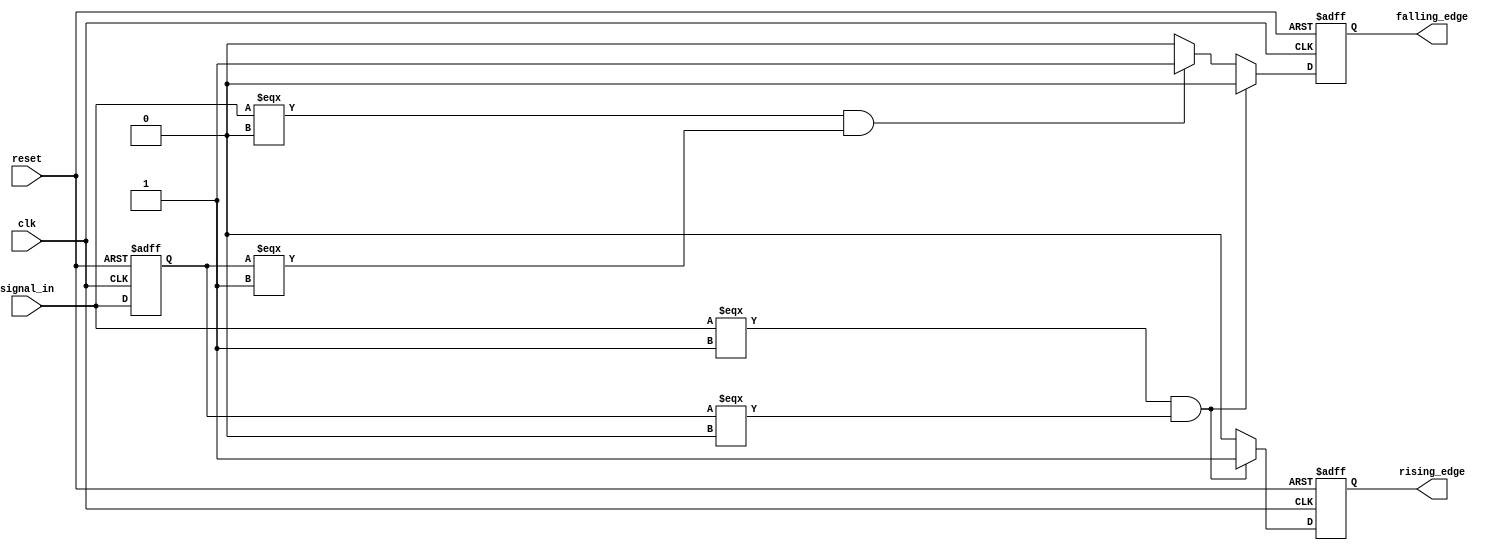
module Schmitt_Trigger_Edge_Detector (
    input wire clk,                   // Clock signal
    input wire reset,                 // Asynchronous reset
    input wire signal_in,             // Input signal to be monitored
    output reg rising_edge,           // Output pulse for rising edge
    output reg falling_edge           // Output pulse for falling edge
);

    // Parameters for Schmitt Trigger thresholds
    parameter HIGH_THRESHOLD = 1'b1; // Define your high threshold
    parameter LOW_THRESHOLD = 1'b0;   // Define your low threshold

    // State memory element
    reg previous_state;

    // Edge detection logic
    always @(posedge clk or posedge reset) begin
        if (reset) begin
            previous_state <= LOW_THRESHOLD; // Initialize to known state
            rising_edge <= 1'b0;              // Clear output
            falling_edge <= 1'b0;             // Clear output
        end else begin
            // Schmitt Trigger Logic
            if (signal_in === 1'b1 && previous_state === 1'b0) begin
                // Rising edge detected
                rising_edge <= 1'b1;      // Generate pulse
                falling_edge <= 1'b0;     // Clear falling edge pulse
            end else if (signal_in === 1'b0 && previous_state === 1'b1) begin
                // Falling edge detected
                falling_edge <= 1'b1;     // Generate pulse
                rising_edge <= 1'b0;       // Clear rising edge pulse
            end else begin
                // No edge detected
                rising_edge <= 1'b0;      // Clear rising edge pulse
                falling_edge <= 1'b0;     // Clear falling edge pulse
            end

            // Update previous state
            previous_state <= signal_in;   // Store current state
        end
    end

endmodule